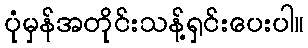
ပုံမှန်အတိုင်းသန့်ရှင်းပေးပါ။